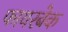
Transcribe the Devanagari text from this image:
फायरबेक